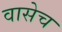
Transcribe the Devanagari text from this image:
वासेच